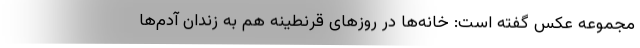
مجموعه عکس گفته است: خانه‌ها در روزهای قرنطینه هم به زندان آدم‌ها